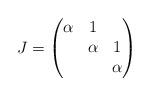
LaTeX: \begin{align*} J=\begin{pmatrix}\alpha & 1 & \\ & \alpha & 1 \\ & & \alpha \end{pmatrix}\end{align*}